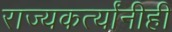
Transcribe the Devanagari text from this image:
राज्यकर्त्यांनीही